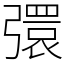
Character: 彋